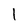
Character: l